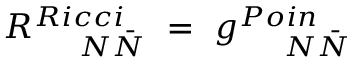
R _ { ~ ~ ~ ~ { { \cal N } } { \bar { { \cal N } } } } ^ { R i c c i } ~ = ~ g _ { ~ ~ ~ ~ { { \cal N } } { { \bar { \cal N } } } } ^ { P o i n }